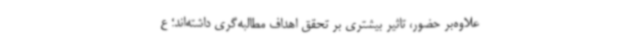
علاوه‌بر حضور، تاثیر بیشتری بر تحقق اهداف مطالبه‌گری داشته‌اند؛ ع